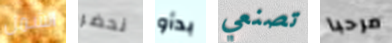
الشمل نحضر بدأو تصنعي مرحبا